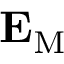
{ \bf { E } } _ { \mathrm { { M } } }